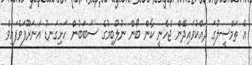
އެ ތަމްސީލުގަ ދައްކުވައިދޭން ޖެހެނީ ކާން ބޯން ނުލުބިމުގެ ސަބަބުން ހަށިގަނޑު އަނަރޫފަވެފައިވެ